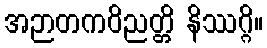
အဉာတကဝိညတ္တိ နိဿဂ္ဂိ။